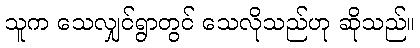
သူက သေလျှင်ရွာတွင် သေလိုသည်ဟု ဆိုသည်။